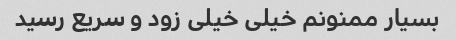
بسیار ممنونم خیلی خیلی زود و سریع رسید